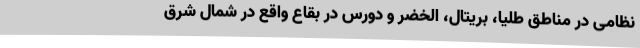
نظامی در مناطق طلیا، بریتال، الخضر و دورس در بقاع واقع در شمال شرق